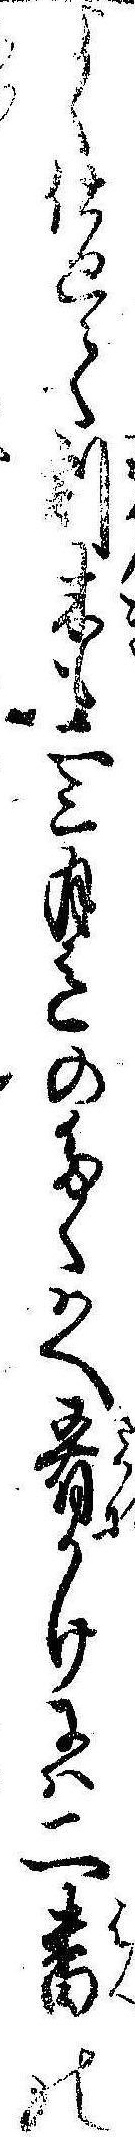
よく仕廻て割木も二三月迄のたくはへ肴かけには二番の